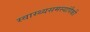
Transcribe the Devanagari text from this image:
स्वास्थ्यसमस्यांपैकी